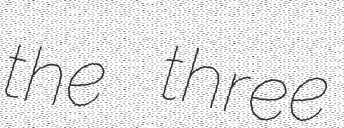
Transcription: the three